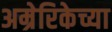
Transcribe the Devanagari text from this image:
अम्रेरिकेच्या